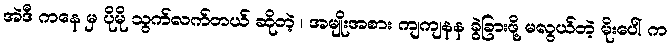
အဲဒီ ကနေ မှ ပိုမို သွက်လက်တယ် ဆိုတဲ့ ၊ အမျိုးအစား ကျကျနန ခွဲခြားဖို့ မလွယ်တဲ့ မိုးပေါ် က